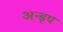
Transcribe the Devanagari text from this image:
अन्ड़प